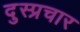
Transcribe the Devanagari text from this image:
दुस्प्रचार